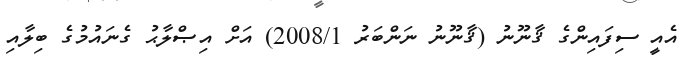
އެއީ ސިފައިންގެ ޤާނޫނު (ޤާނޫނު ނަންބަރު 2008/1) އަށް އިޞްލާޙު ގެނައުމުގެ ބިލާއި